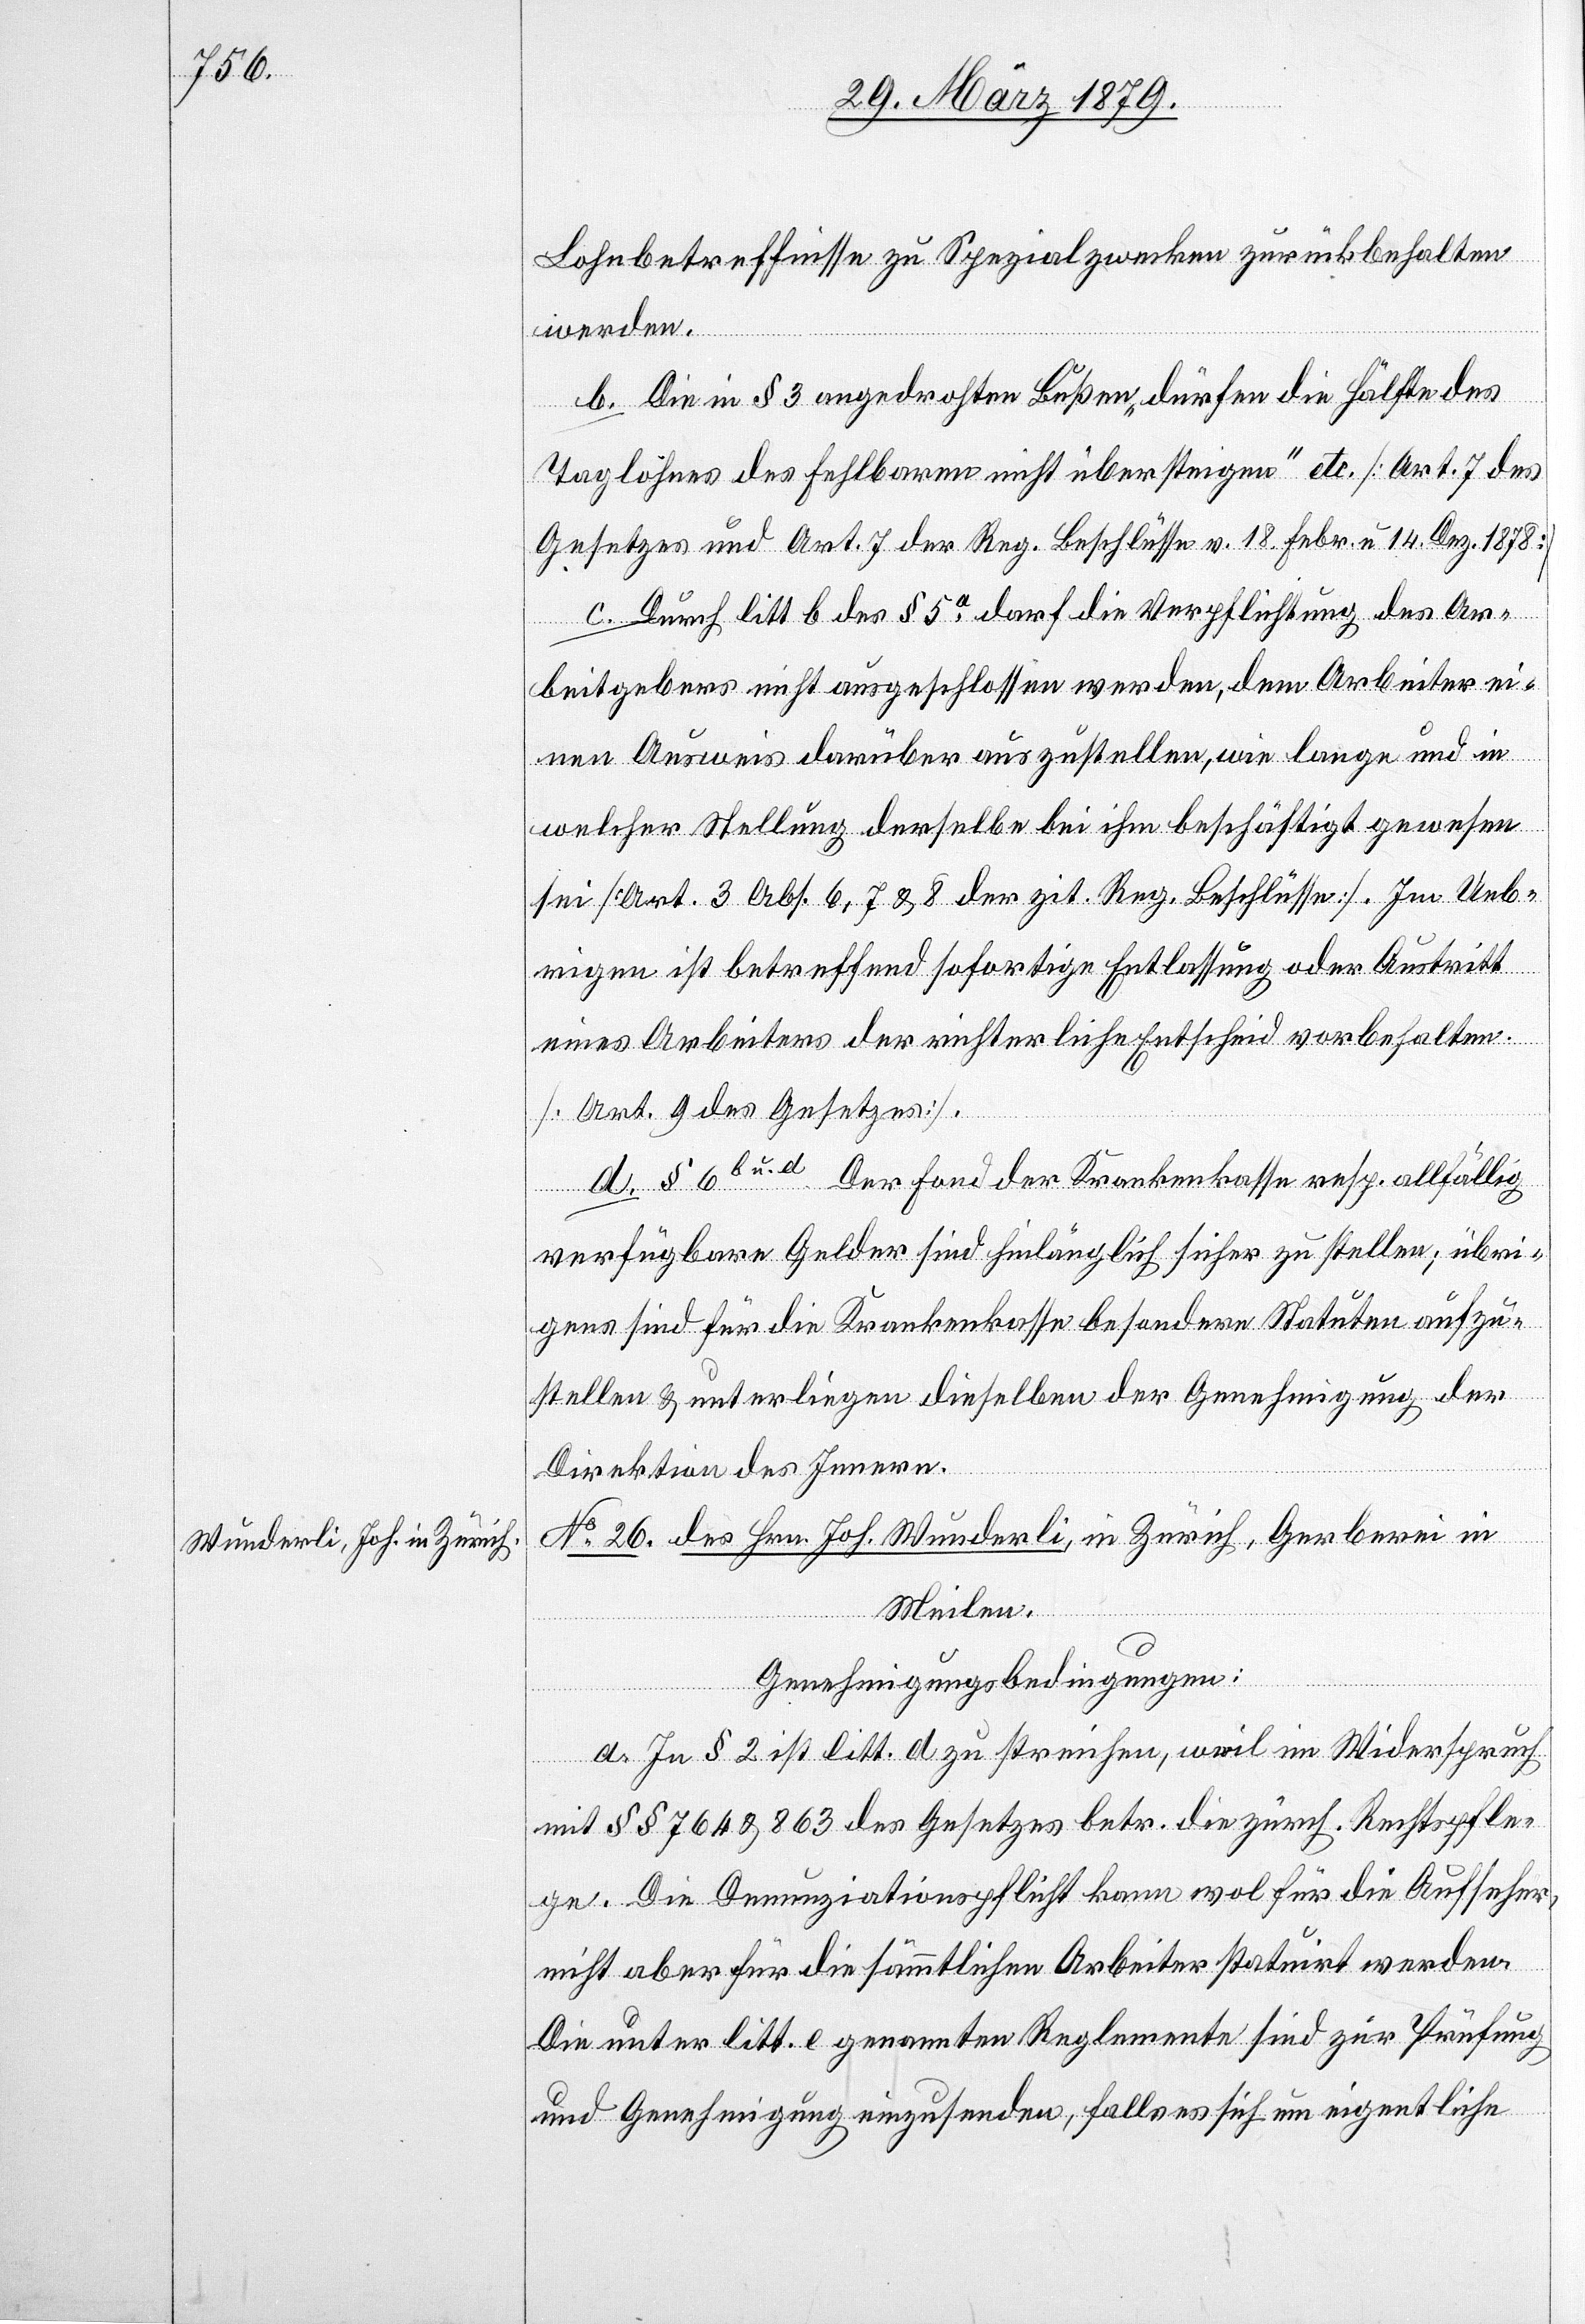
Lohnbetreffnisse zu Spezialzwecken zurückbehalten
werden.
b. Die in § 3 angedrohten Bußen „dürfen die Hälfte des
Taglohnes des Fehlbaren nicht übersteigen“ etc. [Art. 7 des
Gesetzes und Art. 7 der Reg. Beschlüsse v. 18. Febr. & 14. Dezbr. 1878]
c. Durch litt. b des § 5a darf die Verpflichtung des Ar¬
beitgebers nicht ausgeschlossen werden, dem Arbeiter ei¬
nen Ausweis darüber auszustellen, wie lange und in
welcher Stellung derselbe bei ihm beschäftigt gewesen
sei [Art. 3 Abs. 6, 7 & 8 der zit. Reg. Beschlüsse]. Im Ueb¬
rigen ist betreffend sofortige Entlassung oder Austritt
eines Arbeiters der richterliche Entscheid vorbehalten
[Art. 9 des Gesetzes].
d. § 6b u. d. Der Fond der Krankenkasse resp. allfällig
verfügbare Gelder sind hinlänglich sicher zu stellen; übri¬
gens sind für die Krankenkasse besondere Statuten aufzu¬
stellen & unterliegen dieselben der Genehmigung der
Direktion des Innern.
No 26. des Hrn. Joh. Wunderli, in Zürich, Gerberei in
Meilen.
Genehmigungsbedingungen:
a. In § 2 ist litt. d zu streichen, weil im Widerspruch
mit §§ 764 & 863 des Gesetzes betr. die zürch. Rechtspfle¬
ge. Die Denunziationspflicht kann wol für die Aufseher,
nicht aber für die sämmtlichen Arbeiter statuirt werden.
Die unter litt. e genannten Reglemente sind zur Prüfung
und Genehmigung einzusenden, falls es sich um eigentliche